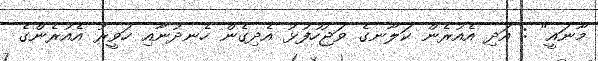
މާނައީ" : އަދި އެއުރެން ކަލާނގެ ވަޖުހުފުޅު އެދިގެން ހެނދުނާއި ހަވީރު އެއުރެންގެ